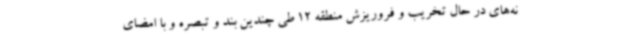
نه‌های در حال تخریب و فروریزش منطقه 12 طی چندین بند و تبصره و با امضای